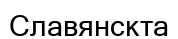
Славянскта